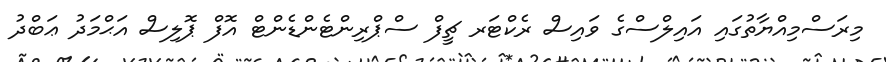
މިރަސްމިއްޔާތުގައި އައިލްސްގެ ވައިސް ރެކްޓަރ ޗީފް ސްޕްރިންޓެންޑެންޓް އޮފް ޕޮލިސް އަޙްމަދު ޢަބްދު